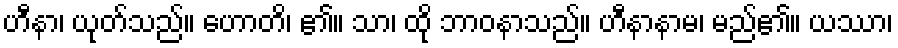
ဟီနာ၊ ယုတ်သည်။ ဟောတိ၊ ၏။ သာ၊ ထို ဘာဝနာသည်။ ဟီနာနာမ၊ မည်၏။ ယဿာ၊